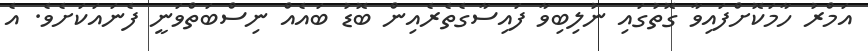
އަމްރު ހާމަކޮށްފައިވާ ގޮތުގައި ނުލިބިވާ ފައިސާގެތެރެއިން ބޮޑު ބައެއް ނިސްބަތްވަނީ ފެނައަކަށެވެ. އެ